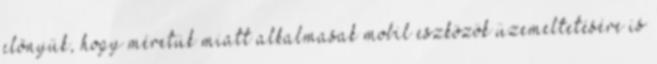
előnyük, hogy méretük miatt alkalmasak mobil eszközök üzemeltetésére is